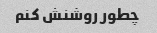
چطور روشنش کنم